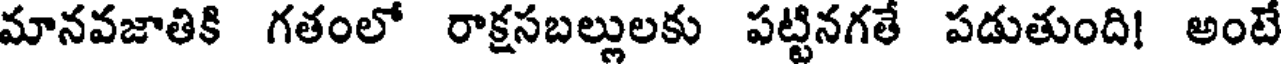
మానవజాతికి గతంలో రాక్షసబల్లులకు పట్టినగతే పడుతుంది! అంటే